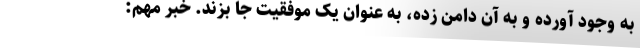
به وجود آورده و به آن دامن زده، به عنوان یک موفقیت جا بزند. خبر مهم: